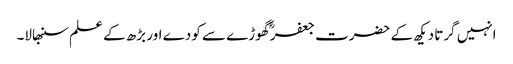
انہیں گرتا دیکھ کے حضرت جعفرؓ گھوڑے سے کودے اور بڑھ کے علم سنبھالا۔